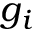
g _ { i }